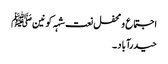
اجتماع و محفل نعت شہہ کونینﷺ
حیدرآباد ۔